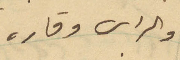
والراس وقاره